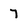
Character: 7